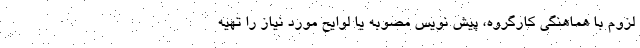
لزوم با هماهنگی کارگروه، پیش نویس مصوبه یا لوایح مورد نیاز را تهیه